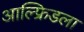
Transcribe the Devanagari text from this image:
आल्फ्रिडला